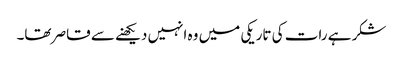
شکر ہے رات کی تاریکی میں وہ انہیں دیکھنے سے قاصر تھا۔